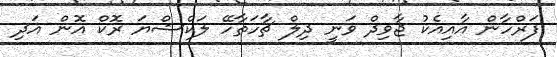
ފަރްހާން އާއިއެކު ޖާވިދް ވަނީ ދިލް ޗާހަތާހޭ ލަކްޝްޔަ ރޮކް އޮން އަދި